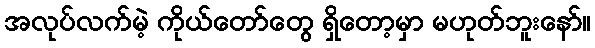
အလုပ်လက်မဲ့ ကိုယ်တော်တွေ ရှိတော့မှာ မဟုတ်ဘူးနော်။